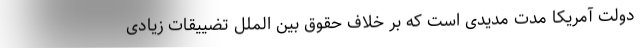
دولت آمریکا مدت مدیدی است که بر خلاف حقوق بین الملل تضییقات زیادی